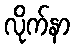
လိုက်နာ